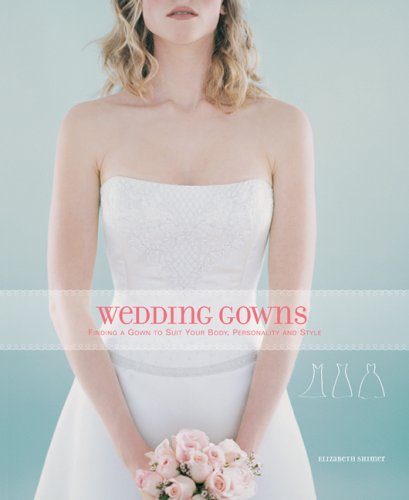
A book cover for Wedding Gowns: Finding a Gown to Suit Your Body, Personality and Style; Elizabeth Shimer; Crafts, Hobbies & Home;